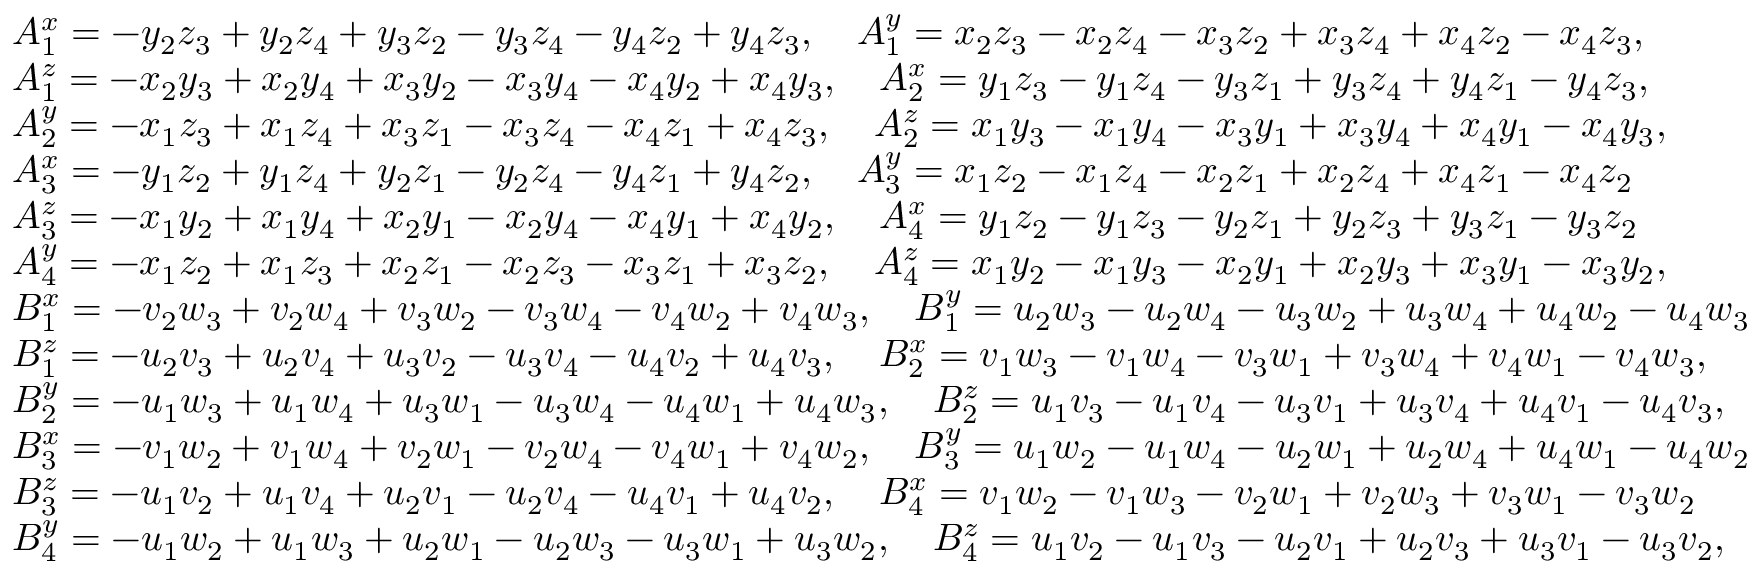
\begin{array} { r l } & { A _ { 1 } ^ { x } = - y _ { 2 } z _ { 3 } + y _ { 2 } z _ { 4 } + y _ { 3 } z _ { 2 } - y _ { 3 } z _ { 4 } - y _ { 4 } z _ { 2 } + y _ { 4 } z _ { 3 } , \quad A _ { 1 } ^ { y } = x _ { 2 } z _ { 3 } - x _ { 2 } z _ { 4 } - x _ { 3 } z _ { 2 } + x _ { 3 } z _ { 4 } + x _ { 4 } z _ { 2 } - x _ { 4 } z _ { 3 } , } \\ & { A _ { 1 } ^ { z } = - x _ { 2 } y _ { 3 } + x _ { 2 } y _ { 4 } + x _ { 3 } y _ { 2 } - x _ { 3 } y _ { 4 } - x _ { 4 } y _ { 2 } + x _ { 4 } y _ { 3 } , \quad A _ { 2 } ^ { x } = y _ { 1 } z _ { 3 } - y _ { 1 } z _ { 4 } - y _ { 3 } z _ { 1 } + y _ { 3 } z _ { 4 } + y _ { 4 } z _ { 1 } - y _ { 4 } z _ { 3 } , } \\ & { A _ { 2 } ^ { y } = - x _ { 1 } z _ { 3 } + x _ { 1 } z _ { 4 } + x _ { 3 } z _ { 1 } - x _ { 3 } z _ { 4 } - x _ { 4 } z _ { 1 } + x _ { 4 } z _ { 3 } , \quad A _ { 2 } ^ { z } = x _ { 1 } y _ { 3 } - x _ { 1 } y _ { 4 } - x _ { 3 } y _ { 1 } + x _ { 3 } y _ { 4 } + x _ { 4 } y _ { 1 } - x _ { 4 } y _ { 3 } , } \\ & { A _ { 3 } ^ { x } = - y _ { 1 } z _ { 2 } + y _ { 1 } z _ { 4 } + y _ { 2 } z _ { 1 } - y _ { 2 } z _ { 4 } - y _ { 4 } z _ { 1 } + y _ { 4 } z _ { 2 } , \quad A _ { 3 } ^ { y } = x _ { 1 } z _ { 2 } - x _ { 1 } z _ { 4 } - x _ { 2 } z _ { 1 } + x _ { 2 } z _ { 4 } + x _ { 4 } z _ { 1 } - x _ { 4 } z _ { 2 } } \\ & { A _ { 3 } ^ { z } = - x _ { 1 } y _ { 2 } + x _ { 1 } y _ { 4 } + x _ { 2 } y _ { 1 } - x _ { 2 } y _ { 4 } - x _ { 4 } y _ { 1 } + x _ { 4 } y _ { 2 } , \quad A _ { 4 } ^ { x } = y _ { 1 } z _ { 2 } - y _ { 1 } z _ { 3 } - y _ { 2 } z _ { 1 } + y _ { 2 } z _ { 3 } + y _ { 3 } z _ { 1 } - y _ { 3 } z _ { 2 } } \\ & { A _ { 4 } ^ { y } = - x _ { 1 } z _ { 2 } + x _ { 1 } z _ { 3 } + x _ { 2 } z _ { 1 } - x _ { 2 } z _ { 3 } - x _ { 3 } z _ { 1 } + x _ { 3 } z _ { 2 } , \quad A _ { 4 } ^ { z } = x _ { 1 } y _ { 2 } - x _ { 1 } y _ { 3 } - x _ { 2 } y _ { 1 } + x _ { 2 } y _ { 3 } + x _ { 3 } y _ { 1 } - x _ { 3 } y _ { 2 } , } \\ & { B _ { 1 } ^ { x } = - v _ { 2 } w _ { 3 } + v _ { 2 } w _ { 4 } + v _ { 3 } w _ { 2 } - v _ { 3 } w _ { 4 } - v _ { 4 } w _ { 2 } + v _ { 4 } w _ { 3 } , \quad B _ { 1 } ^ { y } = u _ { 2 } w _ { 3 } - u _ { 2 } w _ { 4 } - u _ { 3 } w _ { 2 } + u _ { 3 } w _ { 4 } + u _ { 4 } w _ { 2 } - u _ { 4 } w _ { 3 } } \\ & { B _ { 1 } ^ { z } = - u _ { 2 } v _ { 3 } + u _ { 2 } v _ { 4 } + u _ { 3 } v _ { 2 } - u _ { 3 } v _ { 4 } - u _ { 4 } v _ { 2 } + u _ { 4 } v _ { 3 } , \quad B _ { 2 } ^ { x } = v _ { 1 } w _ { 3 } - v _ { 1 } w _ { 4 } - v _ { 3 } w _ { 1 } + v _ { 3 } w _ { 4 } + v _ { 4 } w _ { 1 } - v _ { 4 } w _ { 3 } , } \\ & { B _ { 2 } ^ { y } = - u _ { 1 } w _ { 3 } + u _ { 1 } w _ { 4 } + u _ { 3 } w _ { 1 } - u _ { 3 } w _ { 4 } - u _ { 4 } w _ { 1 } + u _ { 4 } w _ { 3 } , \quad B _ { 2 } ^ { z } = u _ { 1 } v _ { 3 } - u _ { 1 } v _ { 4 } - u _ { 3 } v _ { 1 } + u _ { 3 } v _ { 4 } + u _ { 4 } v _ { 1 } - u _ { 4 } v _ { 3 } , } \\ & { B _ { 3 } ^ { x } = - v _ { 1 } w _ { 2 } + v _ { 1 } w _ { 4 } + v _ { 2 } w _ { 1 } - v _ { 2 } w _ { 4 } - v _ { 4 } w _ { 1 } + v _ { 4 } w _ { 2 } , \quad B _ { 3 } ^ { y } = u _ { 1 } w _ { 2 } - u _ { 1 } w _ { 4 } - u _ { 2 } w _ { 1 } + u _ { 2 } w _ { 4 } + u _ { 4 } w _ { 1 } - u _ { 4 } w _ { 2 } } \\ & { B _ { 3 } ^ { z } = - u _ { 1 } v _ { 2 } + u _ { 1 } v _ { 4 } + u _ { 2 } v _ { 1 } - u _ { 2 } v _ { 4 } - u _ { 4 } v _ { 1 } + u _ { 4 } v _ { 2 } , \quad B _ { 4 } ^ { x } = v _ { 1 } w _ { 2 } - v _ { 1 } w _ { 3 } - v _ { 2 } w _ { 1 } + v _ { 2 } w _ { 3 } + v _ { 3 } w _ { 1 } - v _ { 3 } w _ { 2 } } \\ & { B _ { 4 } ^ { y } = - u _ { 1 } w _ { 2 } + u _ { 1 } w _ { 3 } + u _ { 2 } w _ { 1 } - u _ { 2 } w _ { 3 } - u _ { 3 } w _ { 1 } + u _ { 3 } w _ { 2 } , \quad B _ { 4 } ^ { z } = u _ { 1 } v _ { 2 } - u _ { 1 } v _ { 3 } - u _ { 2 } v _ { 1 } + u _ { 2 } v _ { 3 } + u _ { 3 } v _ { 1 } - u _ { 3 } v _ { 2 } , } \end{array}